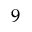
^ { 9 }